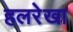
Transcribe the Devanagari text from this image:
हलरेखा